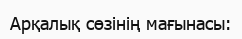
Арқалық сөзінің мағынасы: